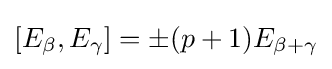
[E_{\beta },E_{\gamma }]=\pm (p+1)E_{\beta +\gamma }